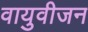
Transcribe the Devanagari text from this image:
वायुवीजन